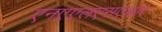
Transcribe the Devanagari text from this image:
एनएएलएसएआर